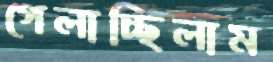
গেলাচ্ছিলাম